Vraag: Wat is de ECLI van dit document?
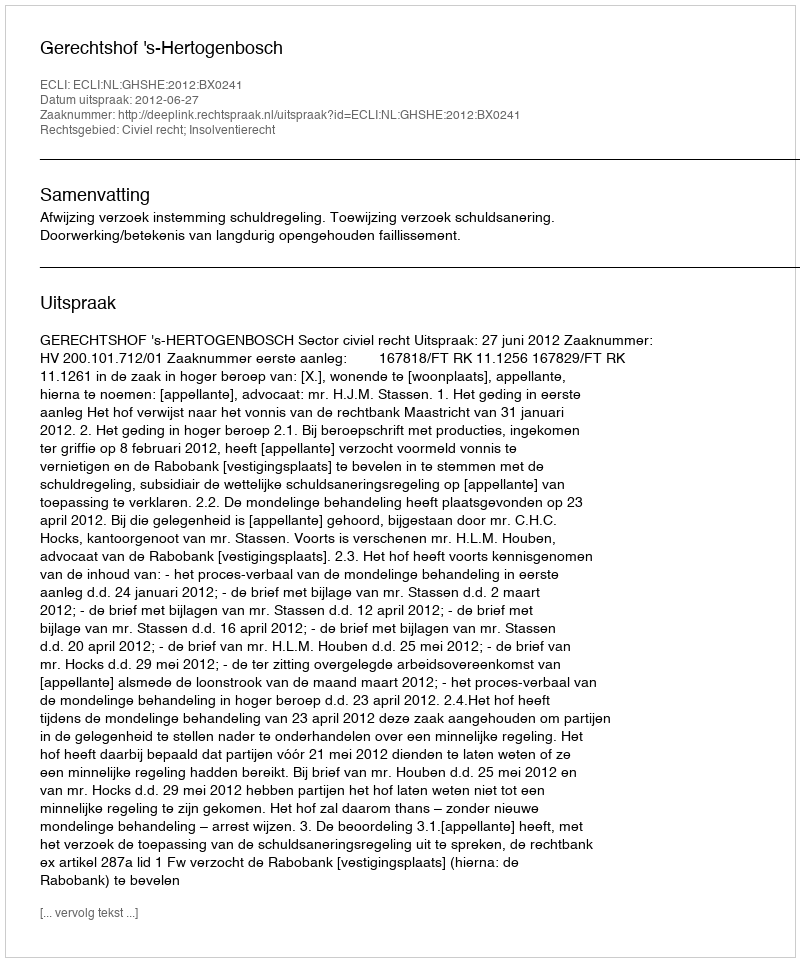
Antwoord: ECLI:NL:GHSHE:2012:BX0241